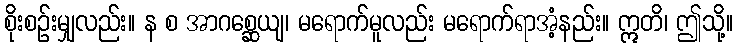
စိုးစဉ်းမျှလည်း။ န စ အာဂစ္ဆေယျ၊ မရောက်မူလည်း မရောက်ရာအံ့နည်း။ ဣတိ၊ ဤသို့။